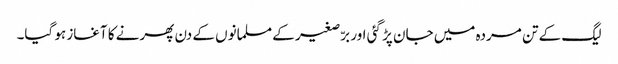
لیگ کے تن مردہ میں جان پڑ گئی اور برّصغیر کے مسلمانوں کے دن پھرنے کا آغاز ہو گیا۔